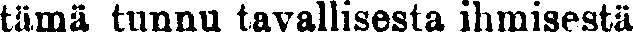
tämä tunnu tavallisesta ihmisestä